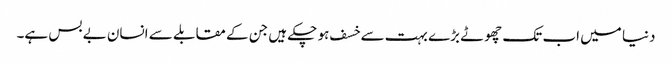
دنیا میں اب تک چھوٹے بڑے بہت سے خسف ہو چکے ہیں جن کے مقابلے سے انسان بے بس ہے۔